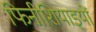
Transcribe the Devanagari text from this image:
फिनीशियाइयों